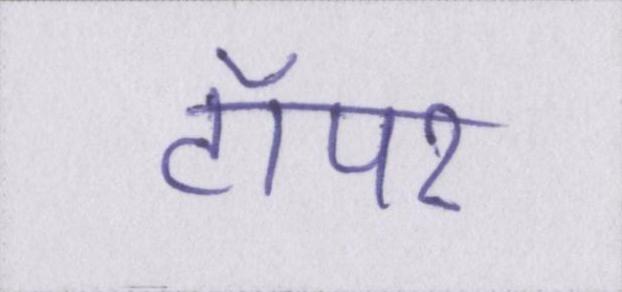
टॉपर